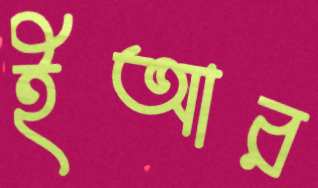
ইআর